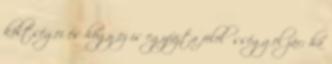
költségei és hogy ez is egyfajta felelősséggel jár; ha